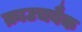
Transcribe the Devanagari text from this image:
क्राउचबैक